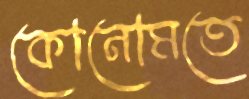
কোনোমতে